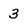
Character: 3